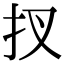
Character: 扠